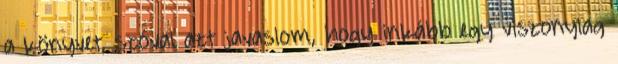
a könyvet, szóval azt javaslom, hogy inkább egy viszonylag